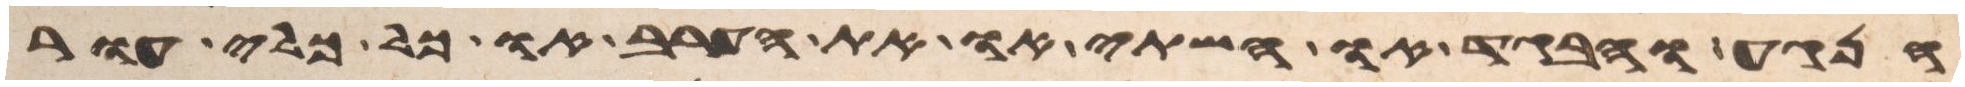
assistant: הנגע והבגד או השתי או הערב או כל כלי העור